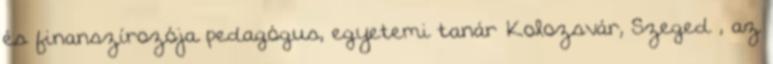
és finanszírozója pedagógus, egyetemi tanár Kolozsvár, Szeged , az